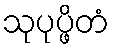
သုပုပ္ဖိတံ